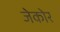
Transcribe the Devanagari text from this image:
जेकोर